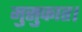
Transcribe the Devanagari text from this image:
मुसुकात।